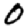
Digit: 0